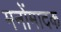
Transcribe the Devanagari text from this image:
मनोंमादक